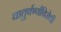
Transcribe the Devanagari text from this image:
चातुर्वर्ण्यविरोधी